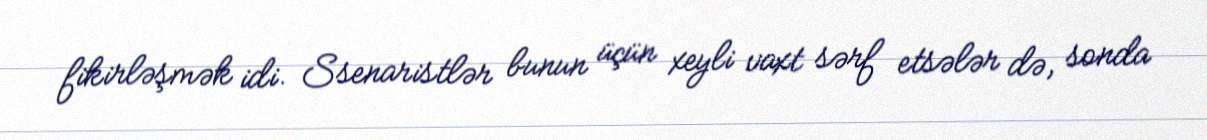
fikirləşmək idi. Ssenaristlər bunun üçün xeyli vaxt sərf etsələr də, sonda